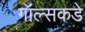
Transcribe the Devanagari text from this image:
गॉल्सकडे